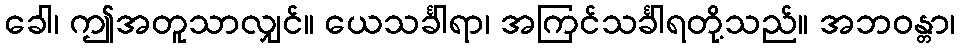
ခေါ၊ ဤအတူသာလျှင်။ ယေသင်္ခါရာ၊ အကြင်သင်္ခါရတို့သည်။ အဘဝန္တာ၊